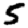
Digit: 5